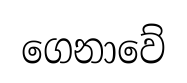
ගෙනාවේ